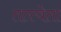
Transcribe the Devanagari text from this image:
तत्त्वेता